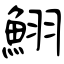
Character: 鮙